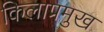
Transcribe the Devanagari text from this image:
किलाप्रमुख